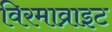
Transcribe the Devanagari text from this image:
विरमाव्राइट